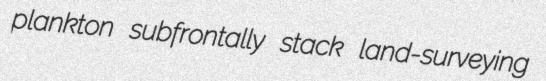
plankton subfrontally stack land-surveying